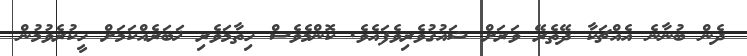
ދެން ބުނާނެ އެއްޗަކާ ދޭތެރޭ ވަރަށް ޝައުގުވެރިވެފައެވެ. ކޮންމެވެސް ހިތާމަވެރި ޚަބަރެއްކަމަށް ހީކުރެވުމުން